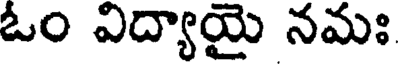
ఓం విద్యాయై నమః